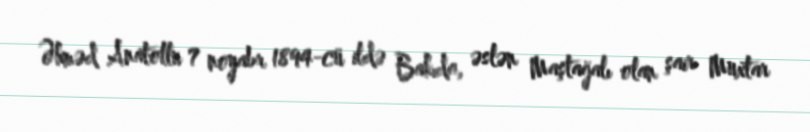
Əhməd Anatollu 7 noyabr 1894-cü ildə Bakıda, əslən Maştağalı olan şair Muxtar